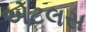
એટલસ